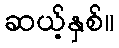
ဆယ့်နှစ်။